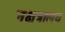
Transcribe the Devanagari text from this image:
नक्षत्रालय